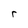
Character: r